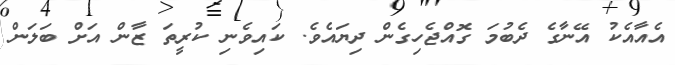
އެއާއެކު އޭނާގެ ދެބުމަ ގޮއްޖެހިގެން ދިޔައެވެ. ކައިވެނި ކުރީތަ ޒާން އަށް ބަލަން